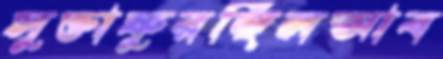
সুক্তাফুরচ্ছিলআব